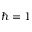
\hbar = 1